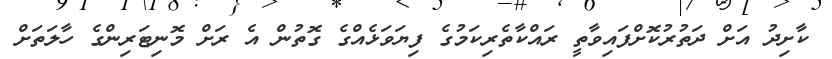
ކާށިދު އަށް ދަތުރުކޮށްފައިވާތީ ރައްކާތެރިކަމުގެ ފިޔަވަޅެއްގެ ގޮތުން އެ ރަށް މޮނިޓަރިންގެ ހާލަތަށް